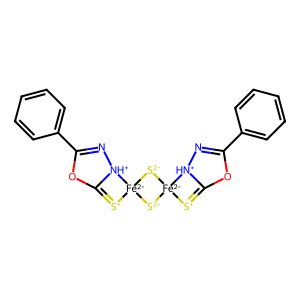
SMILES: c1ccc(C2=N[NH+]3C(=[S+][Fe-2]34[S-2][Fe-2]3([S+]=C5OC(c6ccccc6)=N[NH+]53)[S-2]4)O2)cc1
Inhibits HIV replication: No